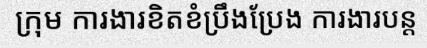
ក្រុម ការងារខិតខំប្រឹងប្រែង ការងារបន្ត